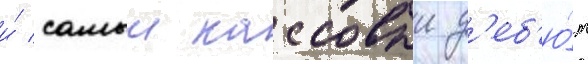
и́ самыи кассовыи д'еб'ю́т